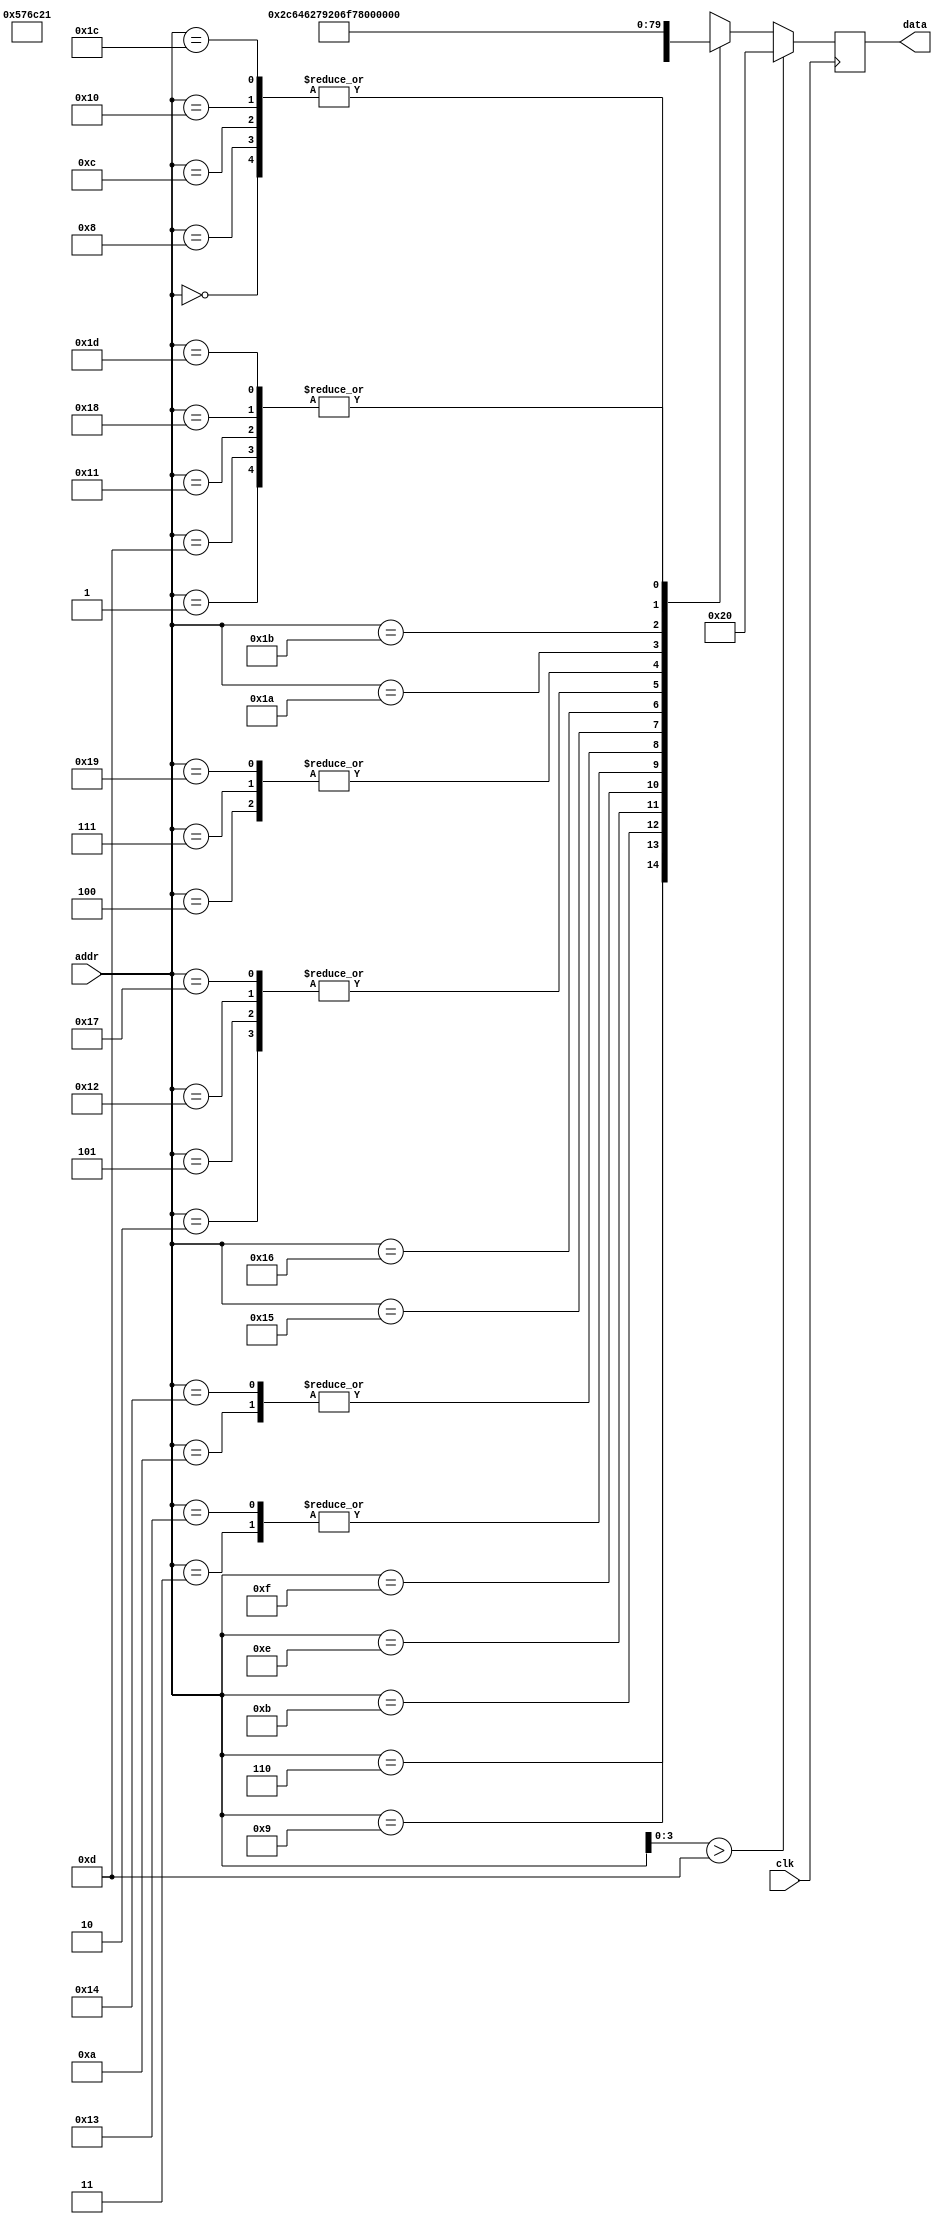
module message_rom (
    input clk,
    input [4:0] addr,
    output [7:0] data
);
 
wire [7:0] rom_data [29:0];
 
assign rom_data[0] = "\r"; // addr 00000
assign rom_data[1] = "\n";
assign rom_data[2] = " ";
assign rom_data[3] = ",";
assign rom_data[4] = "o";
assign rom_data[5] = " ";
assign rom_data[6] = "W";
assign rom_data[7] = "o";
assign rom_data[8] = "r";
assign rom_data[9] = "l";
assign rom_data[10] = "d";
assign rom_data[11] = "!";
assign rom_data[12] = "\r";
assign rom_data[13] = "\n";  // addr 01101

assign rom_data[16] = "\r";  // addr 10000
assign rom_data[17] = "\n";
assign rom_data[18] = " ";
assign rom_data[19] = ",";
assign rom_data[20] = "d";
assign rom_data[21] = "b";
assign rom_data[22] = "y";
assign rom_data[23] = " ";
assign rom_data[24] = "n";
assign rom_data[25] = "o";
assign rom_data[26] = "w";
assign rom_data[27] = ".";
assign rom_data[28] = "\r";
assign rom_data[29] = "\n"; // addr 11101
 
reg [7:0] data_d, data_q;
 
assign data = data_q;
 
always @(*) begin
    if (addr[3:0] > 4'd13)
        data_d = " ";
    else
        data_d = rom_data[addr];
end
 
always @(posedge clk) begin
    data_q <= data_d;
end
 
endmodule